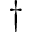
\dagger